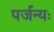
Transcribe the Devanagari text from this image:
पर्जन्यः